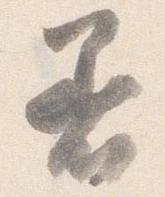
着